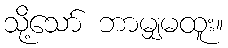
သို့သော် ဘာမျှမထူး။